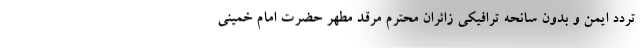
تردد ایمن و بدون سانحه ترافیکی زائران محترم مرقد مطهر حضرت امام خمینی